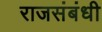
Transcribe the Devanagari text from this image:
राजसंबंधी